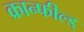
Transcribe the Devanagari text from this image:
क्रान्फील्ड्